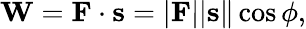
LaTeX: \mathbf{W}=\mathbf{F}\cdot\mathbf{s}=|\mathbf{F}||\mathbf{s}\| \cos\phi,